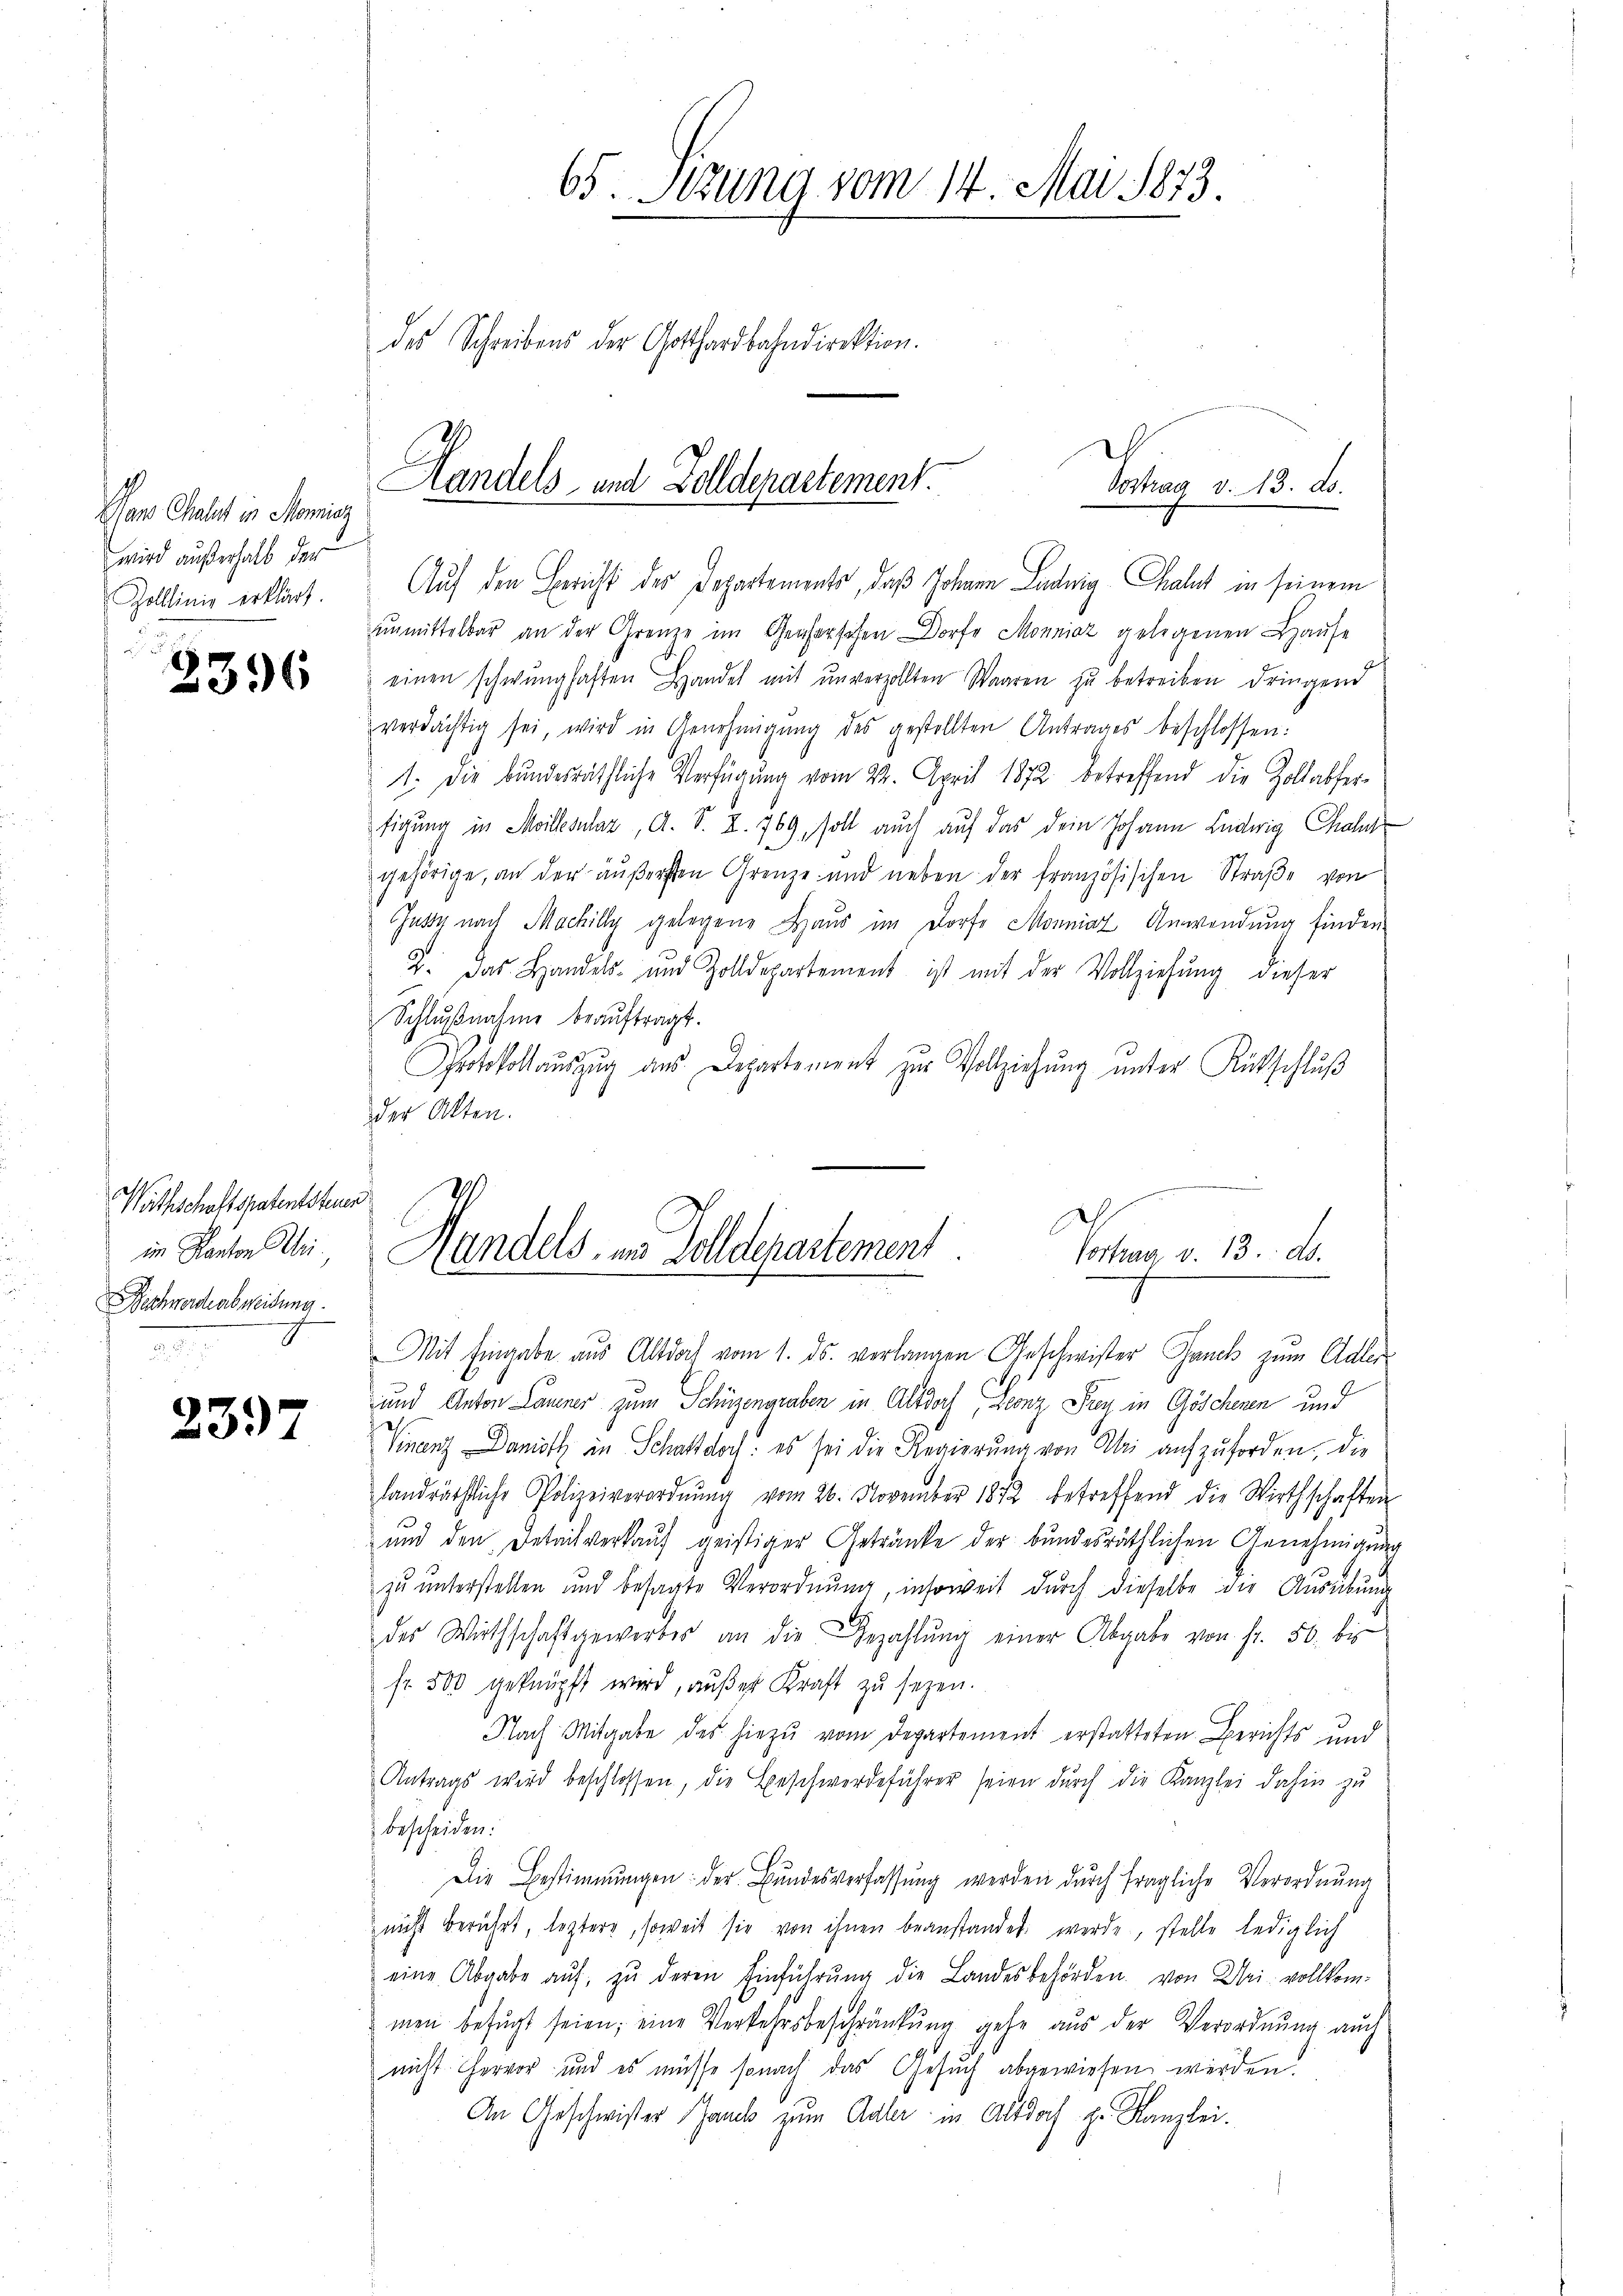
an Chalet in Momisz
wird außerhalb der
Zollinig erklärt.

2396

Wathschaftspatentsteuer
im Kanton Uri.
Dschwerde abweisung.

239

65. Setzung vom 14. Mai 1873.
des Schreibens der Gotthardbahndirektion.

Handels und Zolldepartement

Auf den Bericht des Departements, daß Johann Ludwig Chalet in seinem
unmittelbar an der Grenze im Gehorsehen Dorfe Monniaz gelegenen Hause
einen schwunghaften Handel mit unverzollten Waaren zŭ betreiben dringend
verdächtig sei, wird in Genehmigŭng des gestellten Antrages beschlossen:
1. Die bundesräthliche Verfügung vom 22. April 1872 betreffend die Zollabferfigung in Millesunlaz, A. S. Z. 769, soll auch auf das dein Johann Ludwig Thal
gehörige, an der äußersten Grenze und neben der französischen Straβe von
Jussy nach Machilly gelegene Haus im Dorfe Monniaz Anwendung finden
2. das Handels- und Zolldepartement ist mit der Vollziehung dieser
Schlußnahme beauftragt.
Protokollauszug aus Departement zur Vollziehŭng ŭnter Rückschluß
der Alten.
Mit Eingabe aus Altdoch vom 1. ds. verlangen Geschwister Jauch zum Adler-
und Anton Lauer zum Schüzengraben in Altdoch, Leonz Frey in Göschenen und
Finanz Damit in Schaft doch: es sei die Regierŭng von Ali aufzuforden, die
landräthliche Polizeiverordnŭng vom 26. November 1872 betreffend die Wirthschaften
und den Detailverkauf geistiger Getränke der bundesräthlichen Genehmigung
zu unterstellen und besagte Verordnung, insoweit durch dieselbe die Ausübung
des Wirthschaft gewerbes an die Bezahlŭng einer Abgabe von fr. 50. bis
fr. 500 geknüpft wird, außer Kraft zu seyen.
Nach Mitgabe des hiezu vom Departement erstatteten Berichts und
Antrags wird beschlossen, die Beschwerdeführer seien durch die Kanzlei dahin zu
bescheiden:
Die Bestimmungen: der Bŭndesverfassŭng werden dŭrch fragliche Verordnŭng
nicht berührt, leztere, soweit sie von ihnen beanstandet werde, stelle lediglich
eine Abgabe aŭf zŭ deren Einführŭng die Landesbehörden von Uri vollkommen befugt seien; eine Verkehrsbeschränkung gehe aus der Verordnung auch
nicht hervor, und es müsse sonach das Gesuch abgewiesen werden.
An Geschwister Hanck zum Adler in Altdorf Hr. Kanzlei.

Vortrag v. 13. d.

Costanz v. 13. d.
Handels in Zolldepartement
2